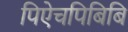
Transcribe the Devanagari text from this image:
पिऐचपिबिबि